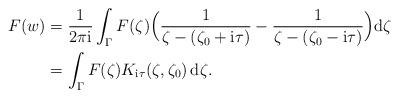
LaTeX: \begin{align*} F(w) &= \frac1{2\pi\mathrm{i}} \int_{\Gamma} F(\zeta) \Big( \frac1{\zeta-(\zeta_0+\mathrm{i}\tau)} - \frac1{\zeta-(\zeta_0-\mathrm{i}\tau)}\Big)\mathrm{d}\zeta \\ &= \int_\Gamma F(\zeta)K_{\mathrm{i}\tau}(\zeta,\zeta_0) \,\mathrm{d}\zeta. \end{align*}